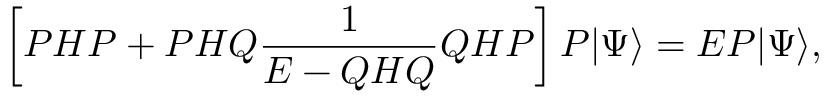
\left[ P H P + P H Q \frac { 1 } { E - Q H Q } Q H P \right] P | \Psi \rangle = E P | \Psi \rangle ,